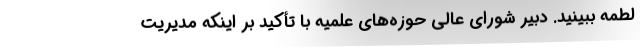
لطمه ببینید. دبیر شورای عالی حوزه‌های علمیه با تأکید بر اینکه مدیریت